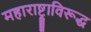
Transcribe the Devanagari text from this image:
महाराष्ट्राविरूद्ध